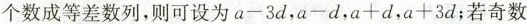
个数成等差数列，则可设为$$a - 3 d$$，$$a - d$$，$$a + d$$，$$a + 3 d$$；若奇数